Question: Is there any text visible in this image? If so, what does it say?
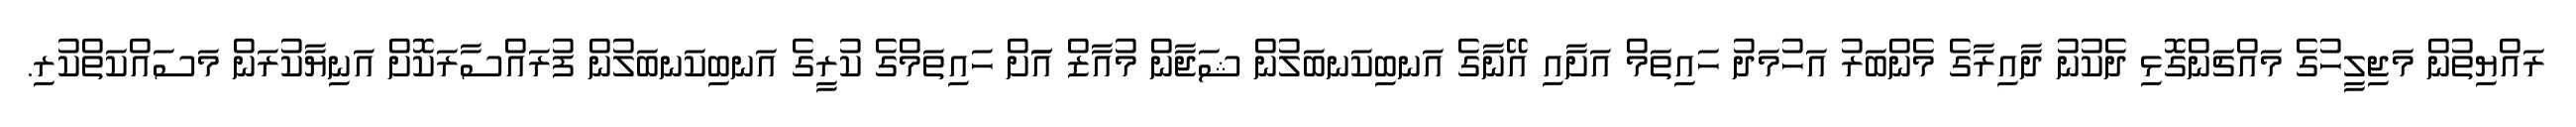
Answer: ރައްޔިތުން މަޖިލީހުގެ މައްޗަންގޮޅި ދެކުނު ދާއިރާގެ މެންބަރު އަހުމަދު ހައިތަމް އަށާއި އޭނާގެ އަނބިކަނބަލުން ޝަޖާން މުއާޒް އަަށް ހައިތަމްގެ ކުރީގެ އަނބިކަނބަލުން ފުރައްސާރަކޮށް އަނިޔާކުރަން މަސައްކަތްކުރި.